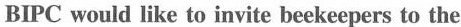
BIPC would like to invite beekeepers to the